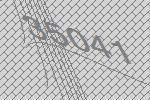
35041